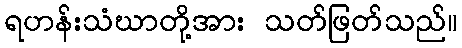
ရဟန်းသံဃာတို့အား သတ်ဖြတ်သည်။